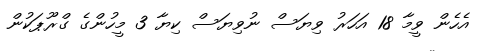
އެހެން ވީމާ 18 އަހަރު ވިޔަސް ނުވިޔަސް ކިޔާ 3 މީހުންގެ ގްރޫޕަކުން